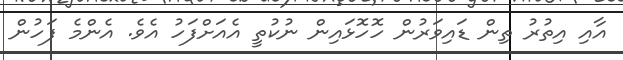
އާއި އިތުރު ތިން ޑައިވަރުން ހޮހޮޅައިން ނުކުތީ އެއަށްފަހު އެވެ. އެންމެ ފަހުން